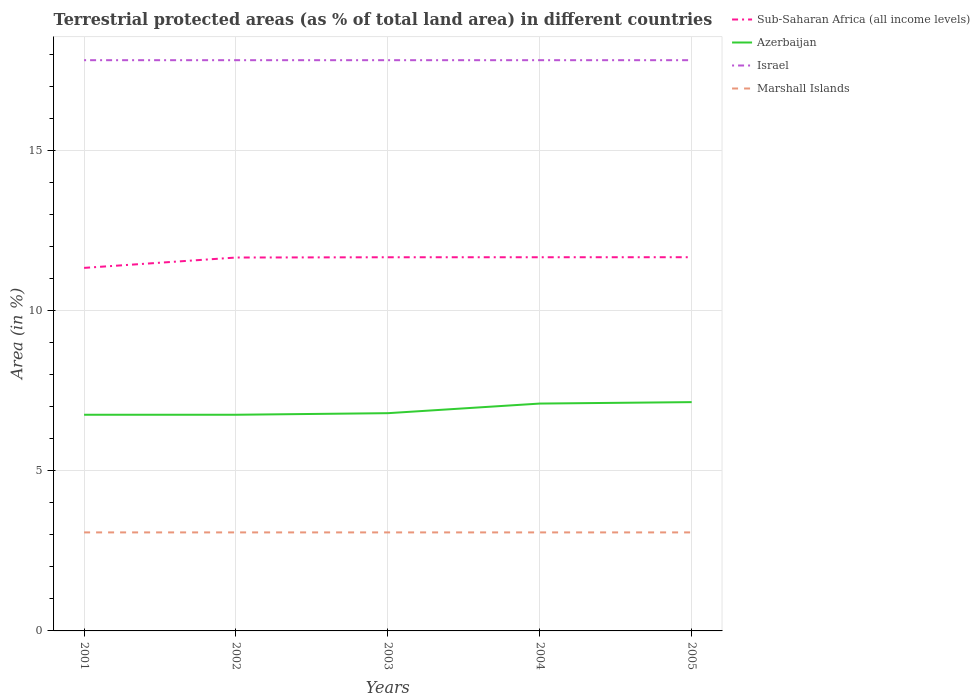
| Years | Sub-Saharan Africa (all income levels) | Azerbaijan | Israel | Marshall Islands |
 | --- | --- | --- | --- | --- |
 | 2001 | 11.3 | 6.75 | 17.8 | 3.08 |
 | 2002 | 11.7 | 6.75 | 17.8 | 3.08 |
 | 2003 | 11.7 | 6.8 | 17.8 | 3.08 |
 | 2004 | 11.7 | 7.1 | 17.8 | 3.08 |
 | 2005 | 11.7 | 7.15 | 17.8 | 3.08 |